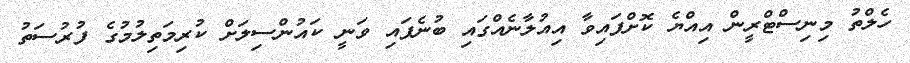
ހެލްތު މިނިސްޓްރީން އިއްޔެ ކޮށްފައިވާ އިއުލާނެއްގައި ބުނެފައި ވަނީ ކައުންސިލަށް ކުރިމަތިލުމުގެ ފުރުސަތު